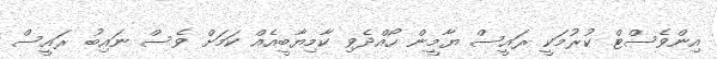
އިންވެސްޓް ކުރުމަކީ ރައީސް ޔާމީން ހޯއްދެވި ކާމިޔާބީއެއް ކަމަށް ވެސް ނައިބު ރައީސް